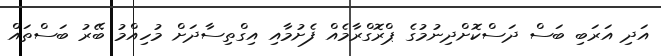
އަދި އަރަބި ބަސް ދަސްކޮށްދިނުމުގެ ޕްރޮގްރާމެއް ފެށުމާއި އިގްތިސާދަށް މުހިއްމު ބޭރު ބަސްތައް